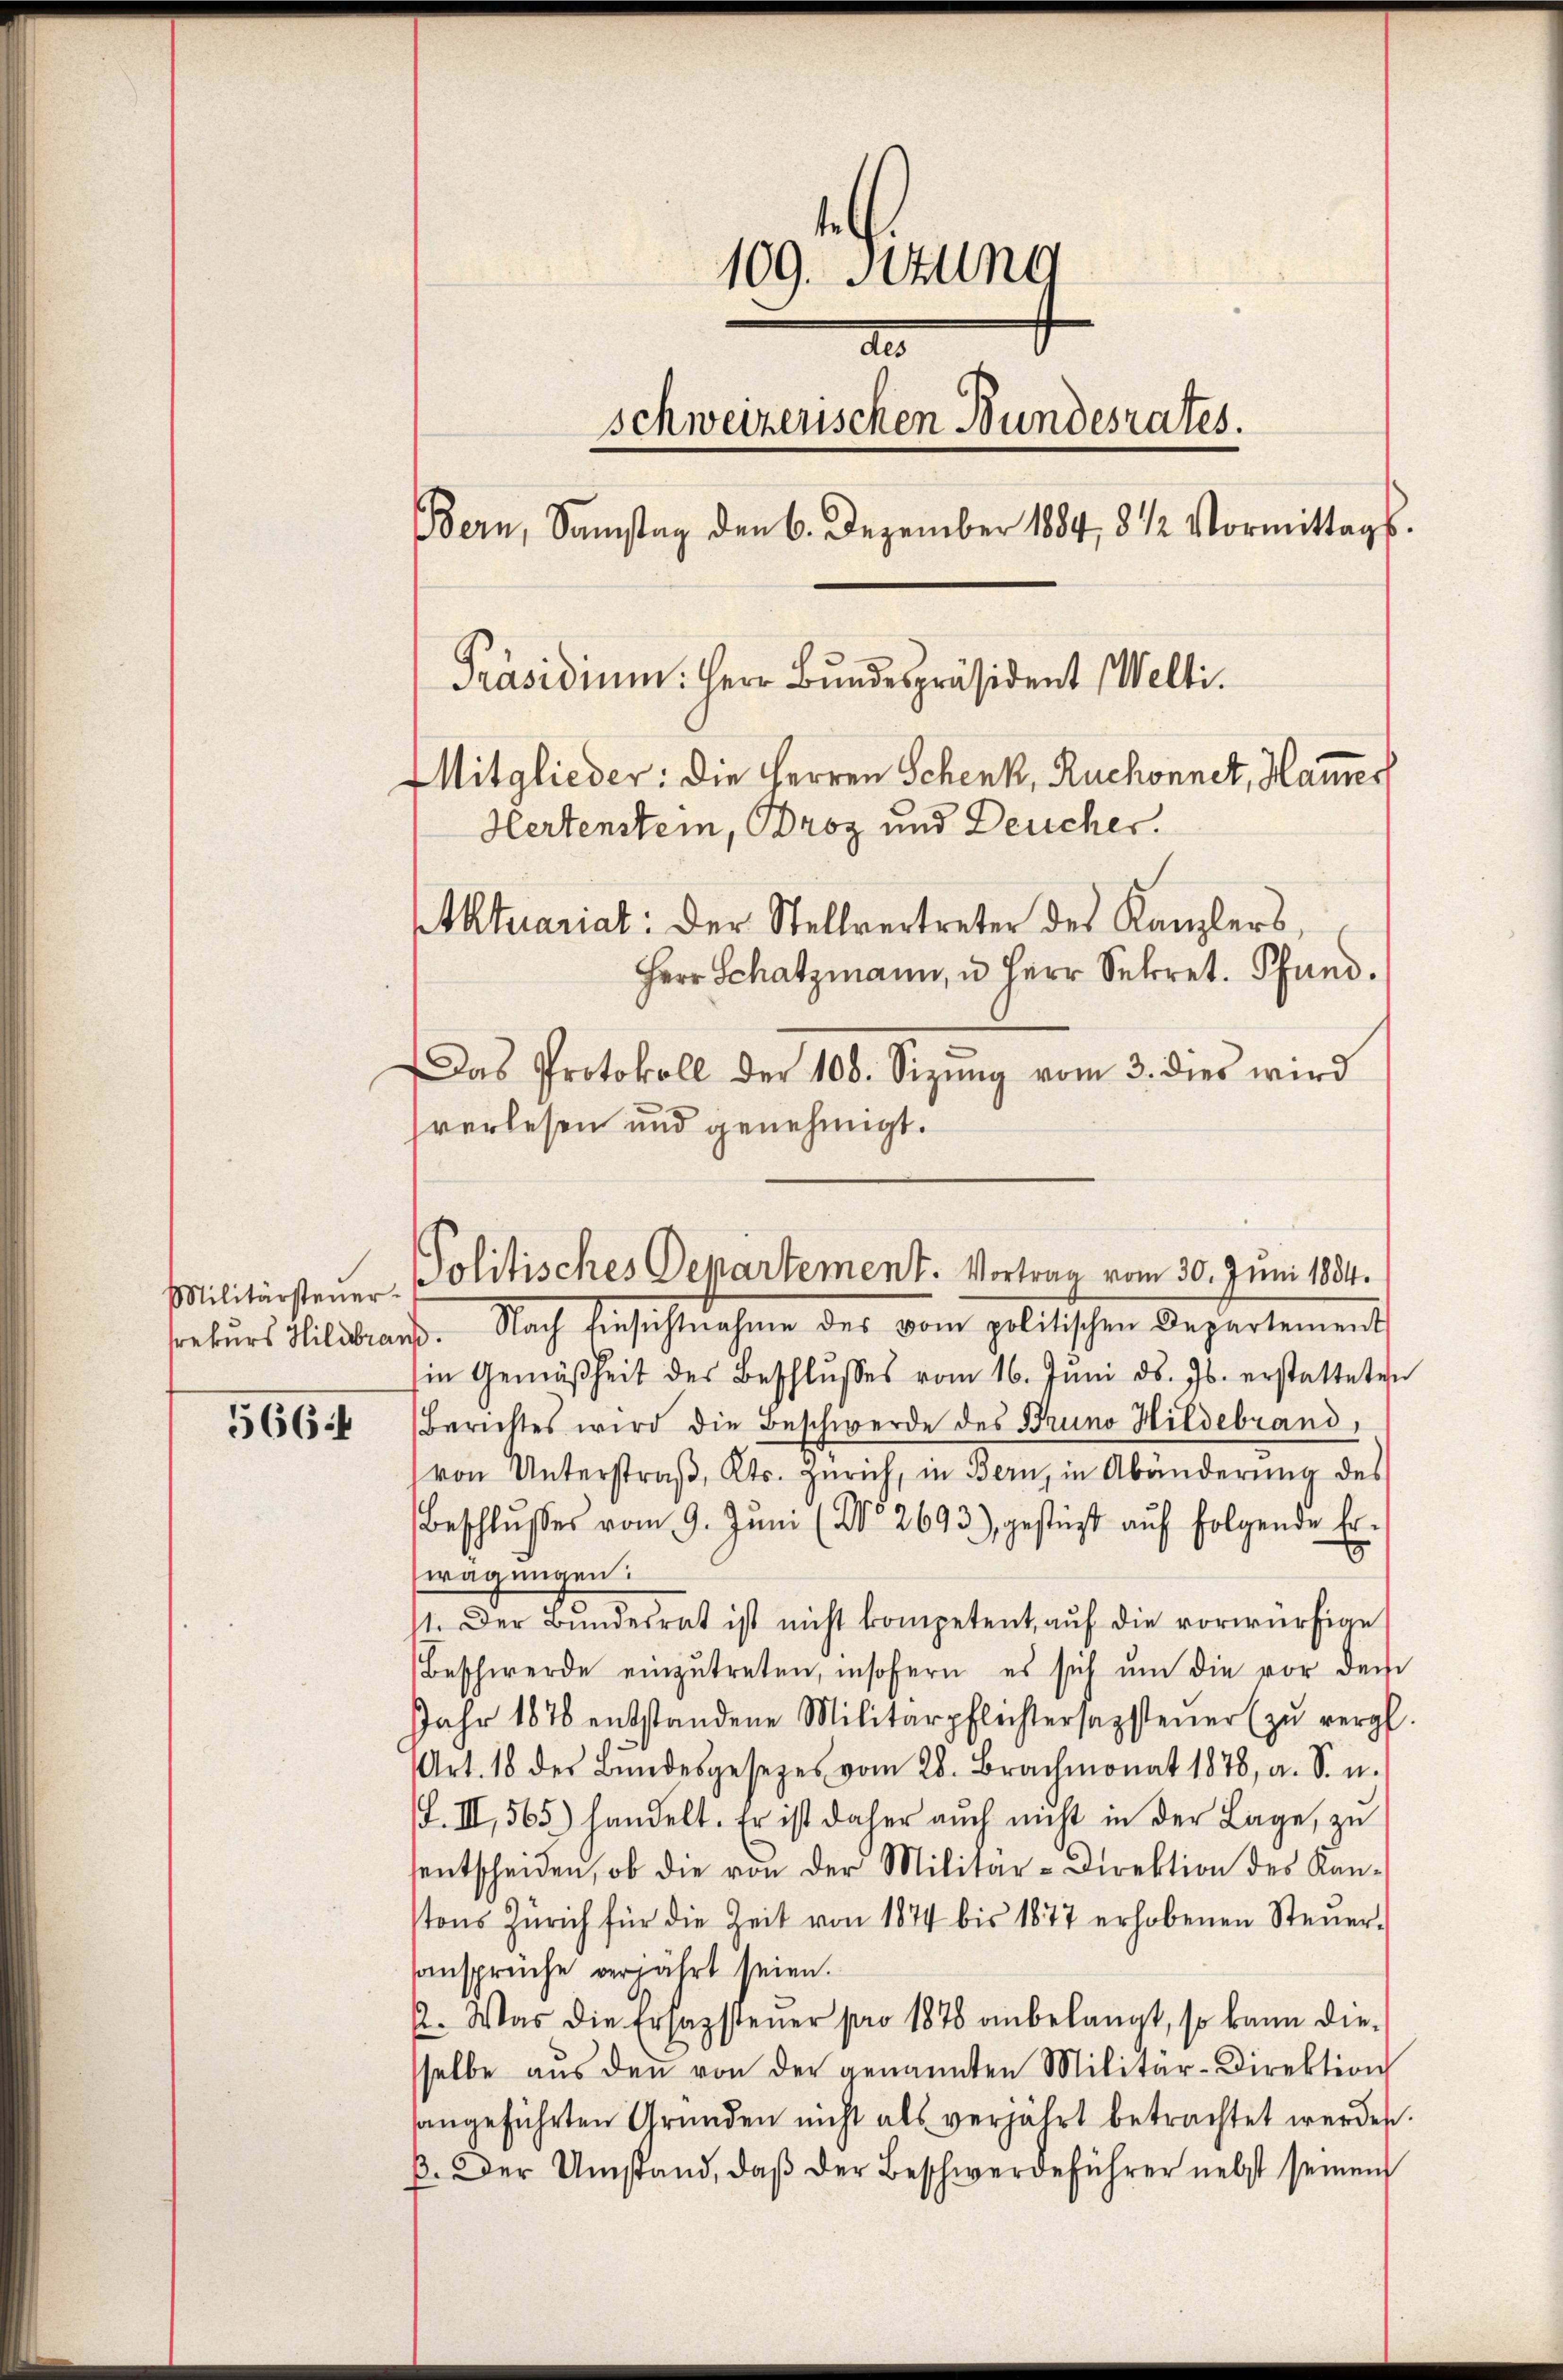
Militärsteuer.
rekurs Hildbran

5664

109. Stun
d
schweizerischen Bundesrates.
Bern, Samstag den 6. Dezember 1884, 3 1/2 Vormittags.
Präsidium. Herr Bŭndespräsident Welti.
Mitglieder: die Herren Schenk, Ruchonnet, Hamer
Hertenstein, Broz und Deucher.
Aktuariat: Der Stellvertreter des Kanzlers,
Herr Schatzmann, u Herr Sekret. Pfund.
Das Protokoll der 108. Sizŭng vom 3. dies wird

verlesen und genehmigt.
. Nach Einsichtnahme des vom politischen Departement
in Gemäßheit des Beschlŭsses vom 16. Jŭni d. Js. erstatteten
Berichtes wird die Beschwerde des Bruno Hildebrand,
von Unterstraβ, Kts. Zürich, in Bern, in Abänderung des
Beschlŭsses vom 9. Jŭni (No 2693) gestüzt aŭf folgende Er.
E
wägungen.
11. Der Bŭndesrat ist nicht kompetent aŭf die vorwürfige
Beschwerde einzŭtreten, insofern es sich ŭm die vor dem
Jahr 1876 entstandene Militärpflichtersagstener zŭ vergl.
Art. 18 des Bŭndesgesezes vom 28. Brachmonat 1878, a. S. u.
d. III, 565) handelt. Er ist daher auch nicht in der Lage, zŭ
sentscheiden, ob die von der Militär-Direktion des Kan-
tons Zürich für die Zeit von 1874 bis 1877 erhobenen Steŭer-
sansprüche verjährt seien.
2. Was die Erhagstener pro 1878 anbelangt, so kann die-
selbe aŭs den von der genannten Militär-Direktion
angeführten Gründen nicht als verjährt betrachtet werden
ß. Der Umstand, daβ der Beschwerdeführer nebst seinem

Politisches Departement. Vortrag vom 30. Juni 1884.